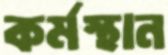
কর্মস্থান